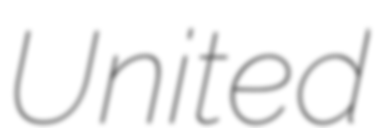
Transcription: United